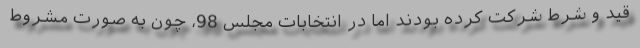
قید و شرط شرکت کرده بودند اما در انتخابات مجلس 98، چون به صورت مشروط